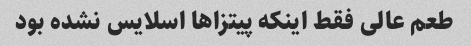
طعم عالی فقط اینکه پیتزا‌ها اسلایس نشده بود